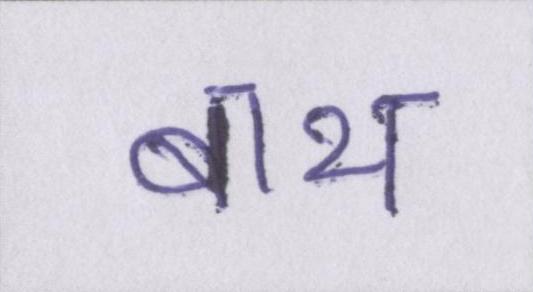
बाथ